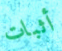
أثبات